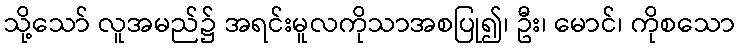
သို့သော် လူအမည်၌ အရင်းမူလကိုသာအစပြု၍၊ ဦး၊ မောင်၊ ကိုစသော